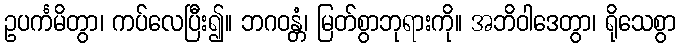
ဥပင်္ကမိတွာ၊ ကပ်လေပြီး၍။ ဘဂဝန္တံ၊ မြတ်စွာဘုရားကို။ အဘိဝါဒေတွာ၊ ရိုသေစွာ